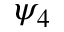
\psi _ { 4 }